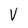
Character: V